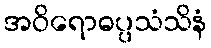
အဝိရောဓပ္ပသံသိနံ